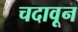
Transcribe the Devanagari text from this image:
चदावून